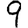
Digit: 9